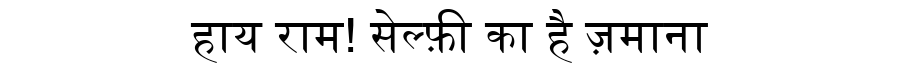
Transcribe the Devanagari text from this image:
हाय राम! सेल्फ़ी का है ज़माना